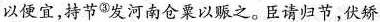
以便宜，持节^{③}发河南仓粟以赈之。臣请归节，伏矫